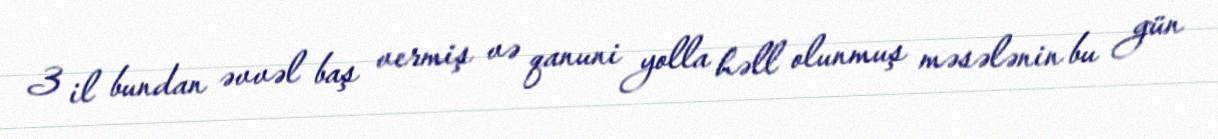
3 il bundan əvvəl baş vermiş və qanuni yolla həll olunmuş məsələnin bu gün